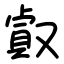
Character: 㕢